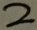
2